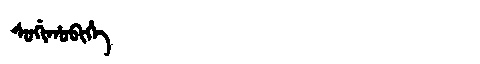
Manchu: ᠰᠣᡤᡳᡥᠣᠪᡳᡥᡝ
Romanization: SOGIHOBIHE